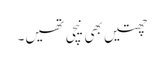
چھتیں بھی نیچی تھیں۔